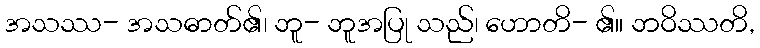
အသဿ- အသဓာတ်၏၊ ဘူ- ဘူအပြု သည်၊ ဟောတိ- ၏။ ဘဝိဿတိ,